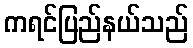
ကရင်ပြည်နယ်သည်